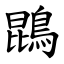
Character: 鵾